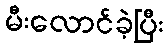
မီးလောင်ခဲ့ပြီး